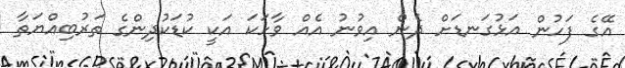
އޭގެ ފަހުން އަޅުގަނޑަށް ދެން އިވުނު އެއް ވާހަކަ އަކީ ކުޑަކުދިންގެ ތަރުބިއްޔަތާ